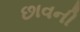
છાવની